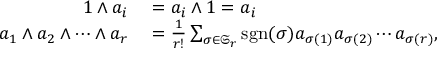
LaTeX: \begin{array} { r l } { 1 \wedge a _ { i } } & { { } = a _ { i } \wedge 1 = a _ { i } } \\ { a _ { 1 } \wedge a _ { 2 } \wedge \cdots \wedge a _ { r } } & { { } = { \frac { 1 } { r ! } } \sum _ { \sigma \in { \mathfrak { S } } _ { r } } \operatorname { s g n } ( \sigma ) a _ { \sigma ( 1 ) } a _ { \sigma ( 2 ) } \cdots a _ { \sigma ( r ) } , } \end{array}